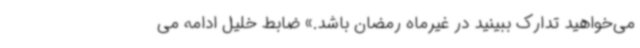
می‌خواهید تدارک ببینید در غیرماه رمضان باشد.» ضابط خلیل ادامه می‌